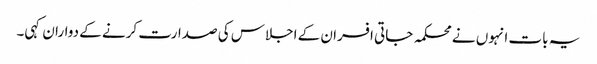
یہ بات انہوں نے محکمہ جاتی افسران کے اجلاس کی صدارت کرنے کے دواران کہی۔